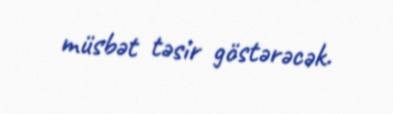
müsbət təsir göstərəcək.